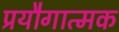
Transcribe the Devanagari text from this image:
प्रयौगात्मक